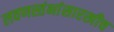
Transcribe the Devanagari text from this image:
लवणस्तंभांसारखीच